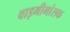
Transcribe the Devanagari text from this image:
वाड़मीमांसक